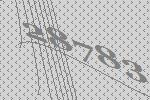
28783